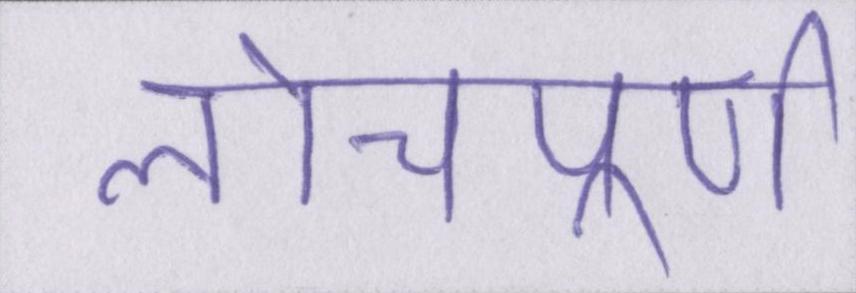
लोचपूर्ण